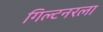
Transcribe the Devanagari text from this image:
गिल्टनरला